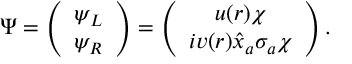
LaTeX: \Psi = \left( \begin{array} { c } { { \psi _ { L } } } \\ { { \psi _ { R } } } \end{array} \right) = \left( \begin{array} { c } { { u ( r ) \chi } } \\ { { i v ( r ) \hat { x } _ { a } \sigma _ { a } \chi } } \end{array} \right) . \nonumber